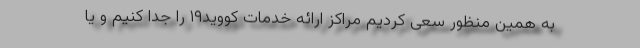
به همین منظور سعی کردیم مراکز ارائه خدمات کووید۱۹ را جدا کنیم و یا